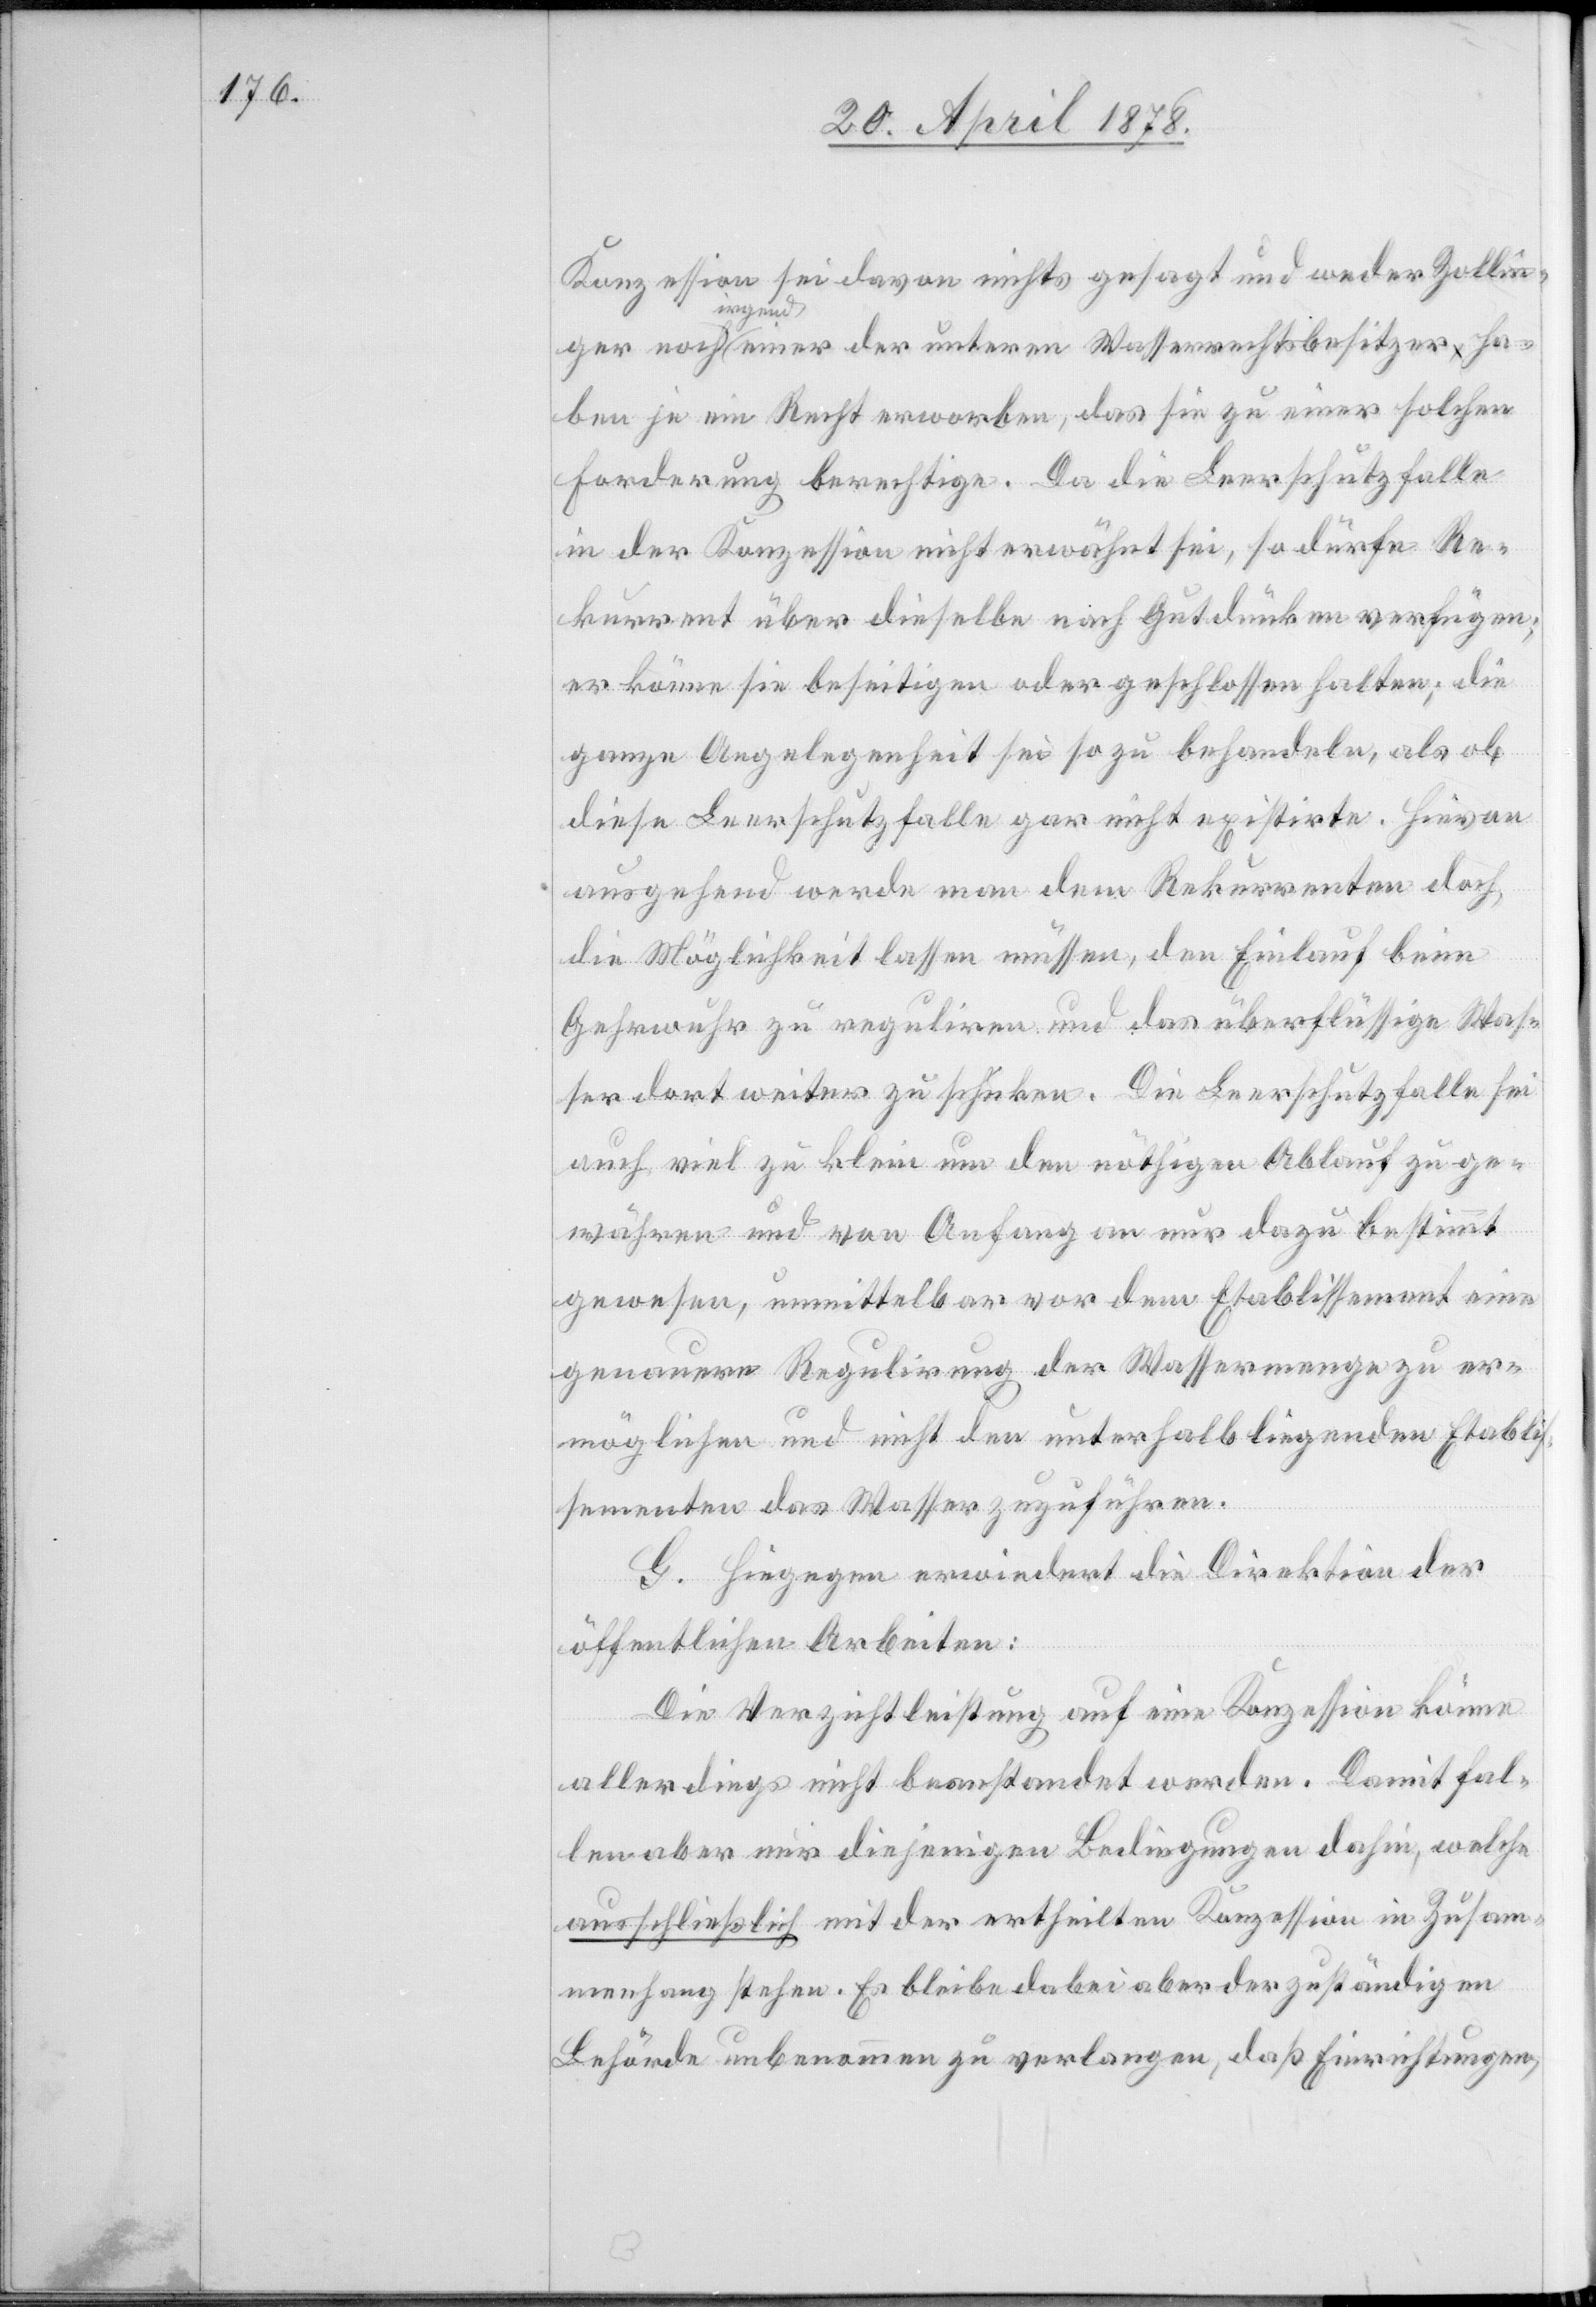
Konzession sei davon nichts gesagt und weder Zollin¬
ger noch irgend einer der untern Wasserrechtsbesitzer ha¬
ben je ein Recht erworben, das sie zu einer solchen
Forderung berechtige. Da die Leerschutzfalle
in der Konzession nicht erwähnt sei, so dürfe Re¬
kurrent über dieselbe nach Gutdünken verfügen;
er könne sie beseitigen oder geschlossen halten; die
ganze Angelegenheit sei so zu behandeln, als ob
diese Leerschutzfalle gar nicht existire. Hievon
ausgehend werde man dem Rekurrenten doch
die Möglichkeit lassen müssen, den Einlauf beim
Gehrwuhr zu reguliren und das überflüssige Was¬
ser dort weiter zu schicken. Die Leerschutzfalle sei
auch viel zu klein um den nöthigen Ablauf zu ge¬
währen und von Anfang an nur dazu bestimmt
gewesen, unmittelbar vor dem Etablissement eine
genauere Regulirung der Wassermenge zu er¬
möglichen und nicht den unterhalb liegenden Etablis¬
sementen das Wasser zuzuführen.
G. Hiegegen erwiedert die Direktion der
öffentlichen Arbeiten:
Die Verzichtleistung auf eine Konzession könne
allerdings nicht beanstandet werden. Damit fal¬
len aber nur diejenigen Bedingungen dahin, welche
ausschließlich mit der ertheilten Konzession in Zusam¬
menhang stehen. Es bleibe dabei aber der zuständigen
Behörde unbenommen zu verlangen, daß Einrichtungen,